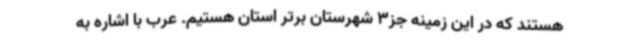
هستند که در این زمینه جز3 شهرستان برتر استان هستیم. عرب با اشاره به